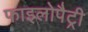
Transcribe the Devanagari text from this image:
फाइलोपैट्री